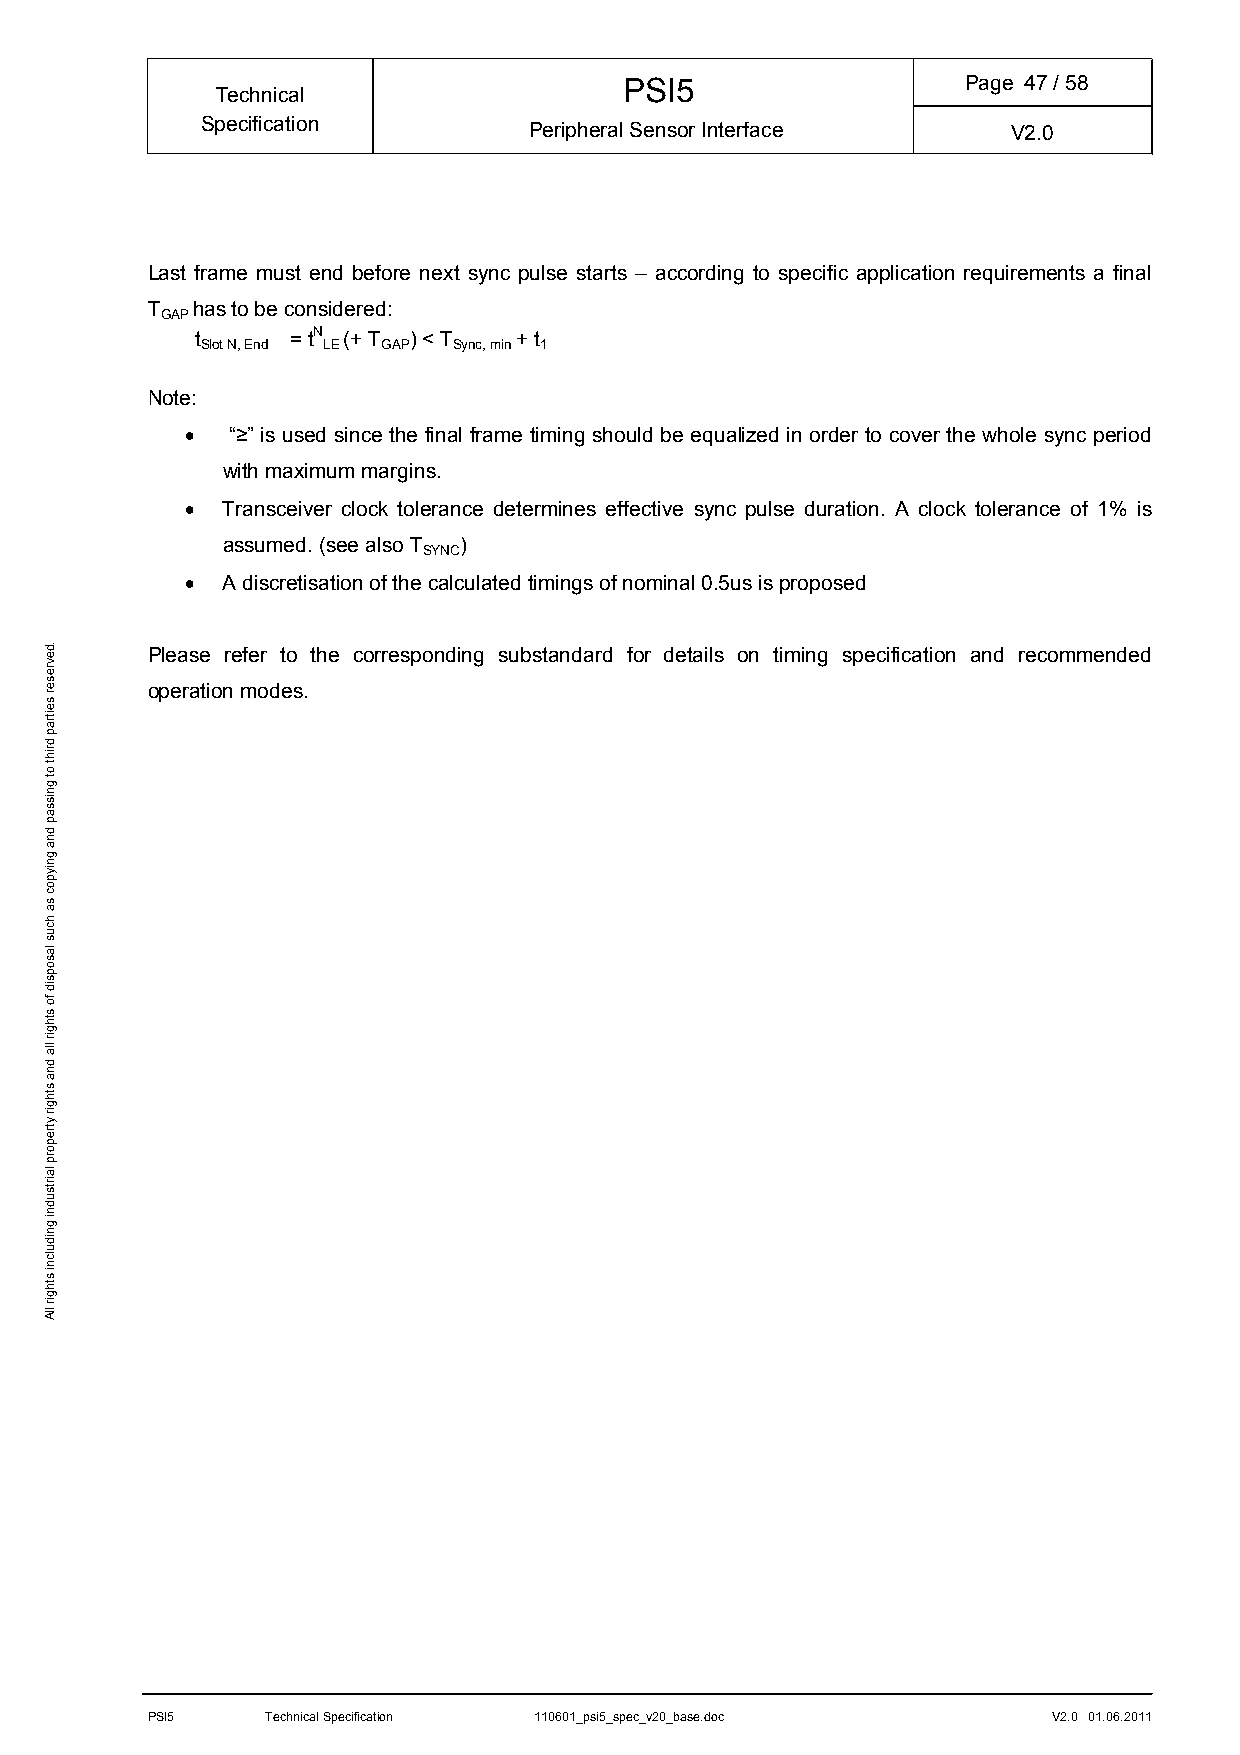
PSI5                   Page 47/ 58
 Technical
 Specification         Peripheral Sensor Interface     V2.0
 Last frame must end before next sync pulse starts – according to specific application requirements a final
 T  has to be considered:
 GAP
 t     = tN (+ T ) < T + t
 Slot N, End LE GAP Sync, min 1
 Note:
   “≥” is used since the final frame timing should be equalized in order to cover the whole sync period
 with maximum margins.
   Transceiver clock tolerance determines effective sync pulse duration. A clock tolerance of 1% is
 assumed. (see also T )
 SYNC
   A discretisation of the calculated timings of nominal 0.5us is proposed
 Please refer to the corresponding substandard for details on timing specification and recommended
 operation modes.
 PSI5    Technical Specification 110601_psi5_spec_v20_base.doc V2.0 01.06.2011
 .devreser
 seitrap
 driht
 ot
 gnissap
 dna
 gniypoc
 sa
 hcus
 lasopsid
 fo
 sthgir
 lla
 dna
 sthgir
 ytreporp
 lairtsudni
 gnidulcni
 sthgir
 llA